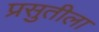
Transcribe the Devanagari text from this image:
प्रसुतीला